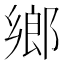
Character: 鄉